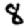
Digit: 8